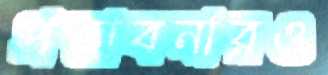
প্রস্তাবনারও